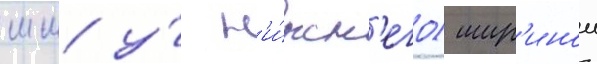
мм у́ н'и́жн'его) шир'инои